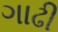
ગાઢી